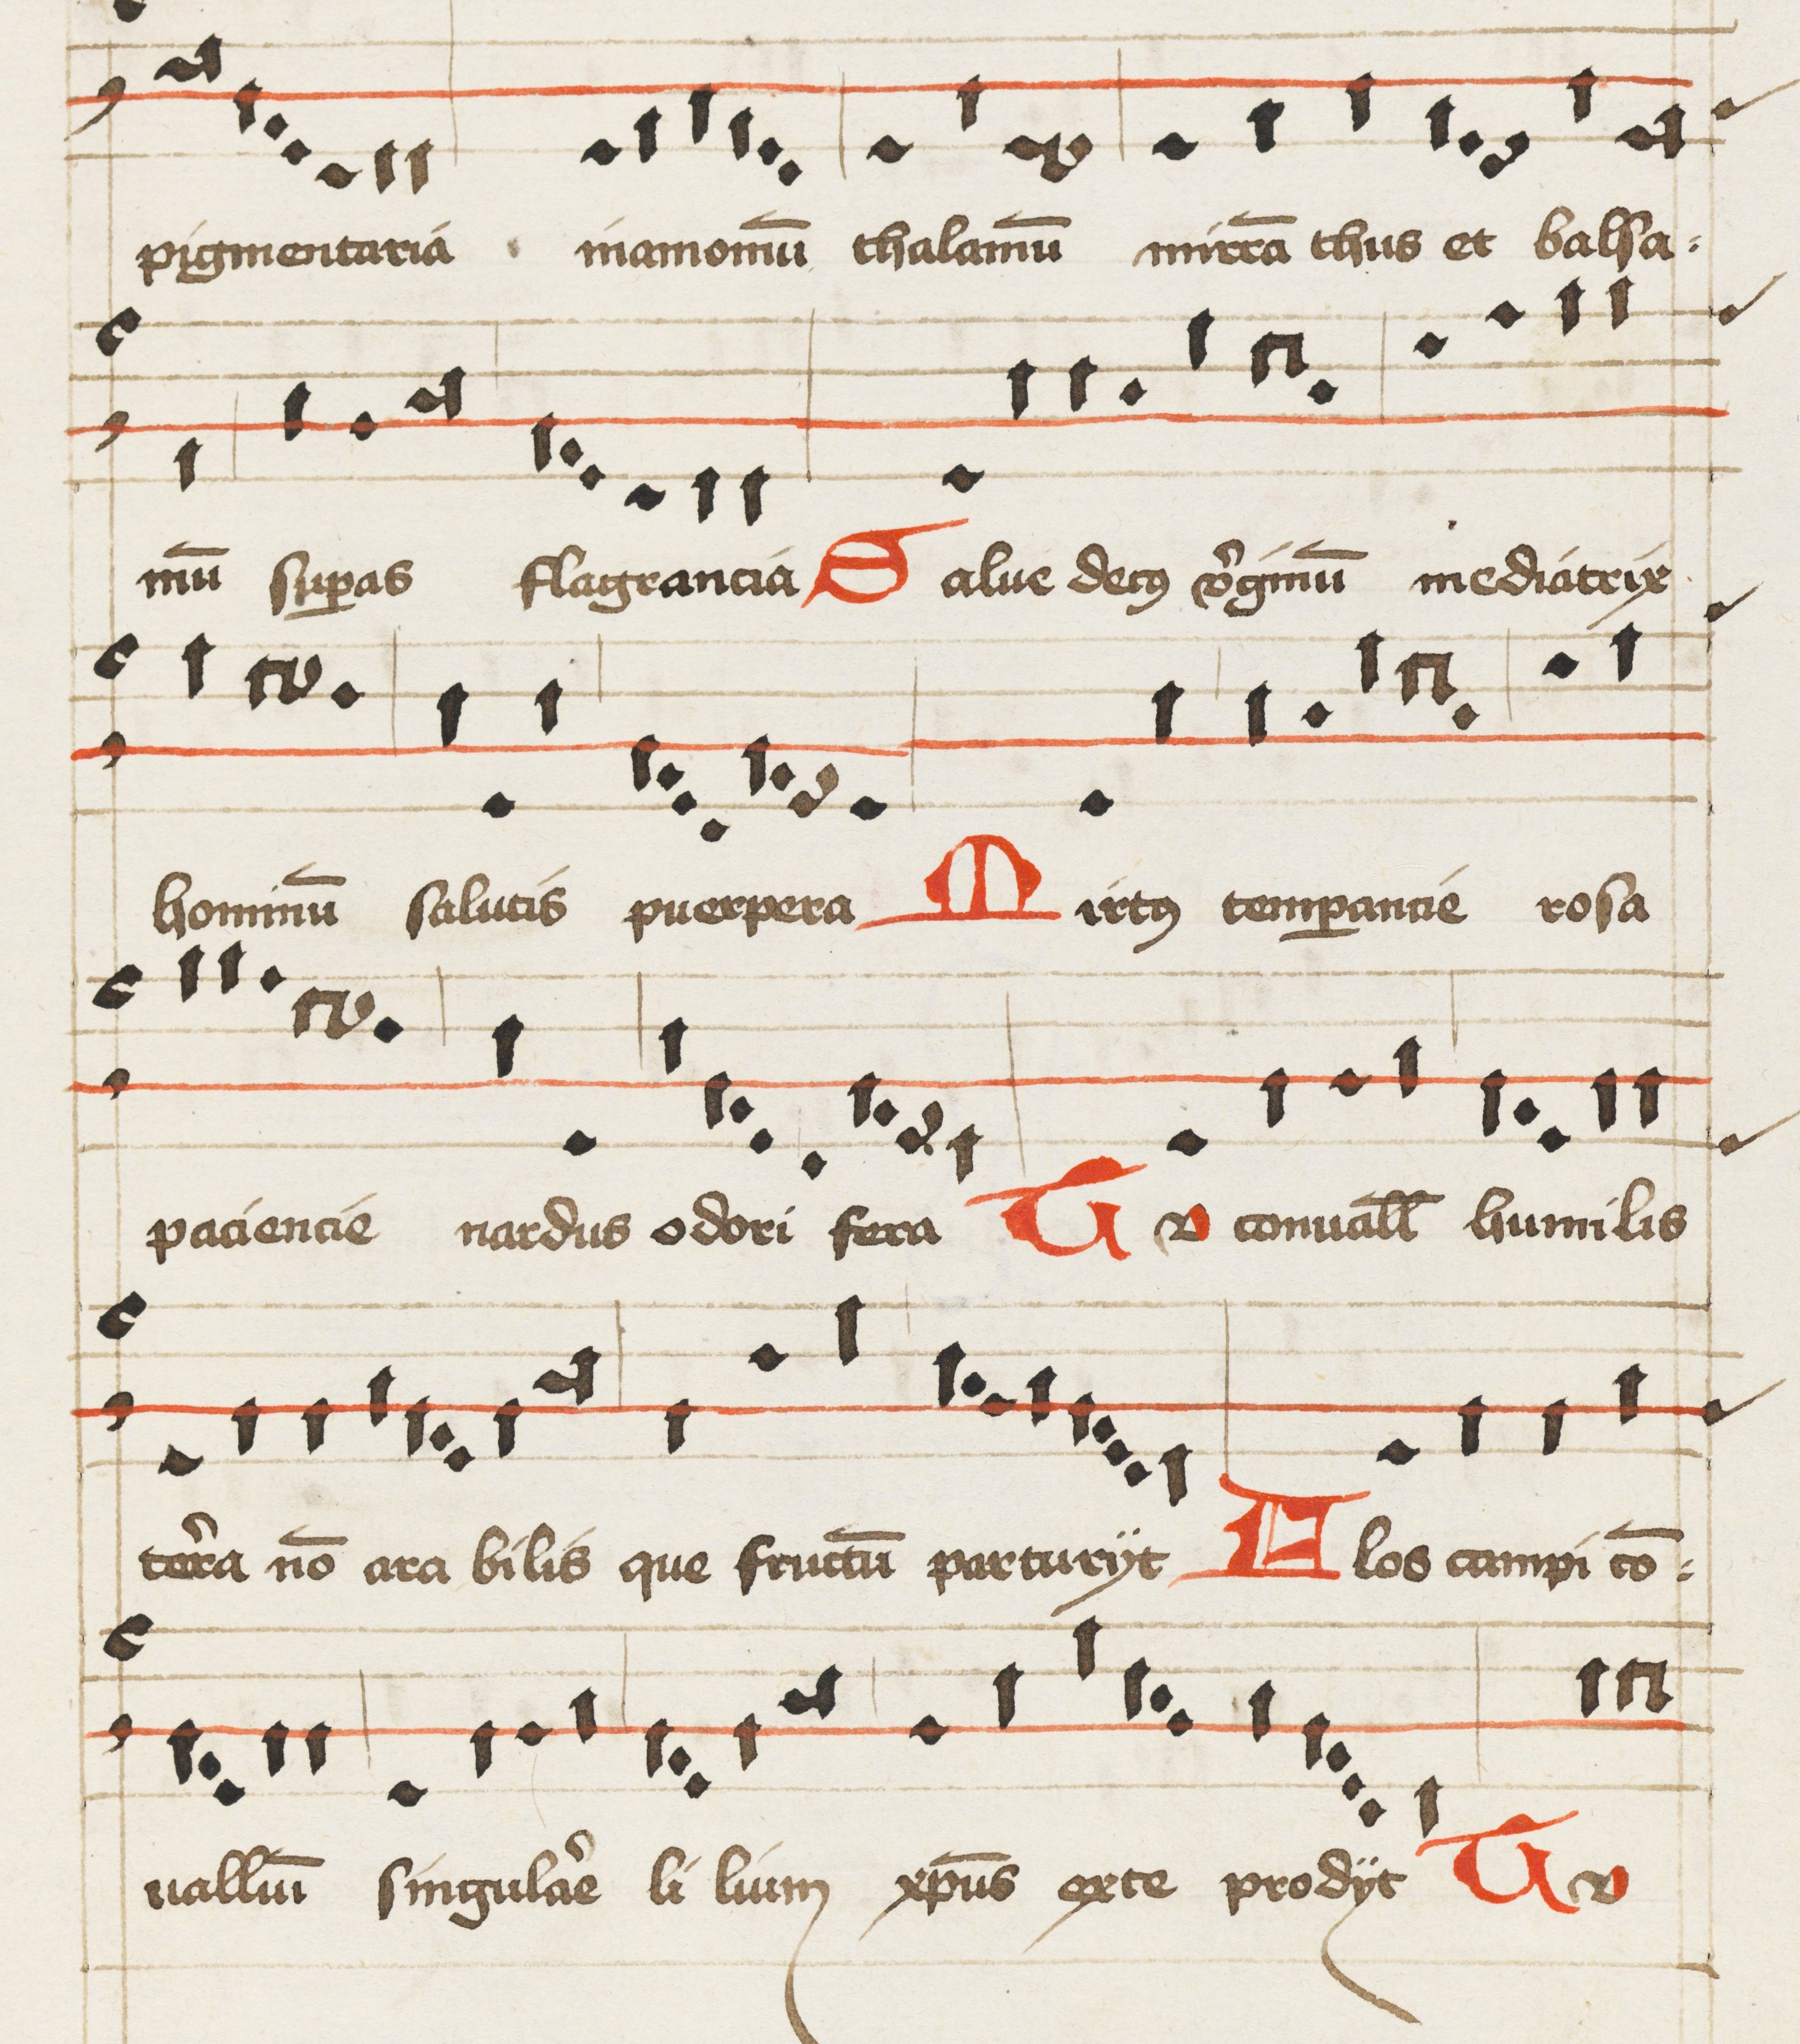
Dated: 1475–1499